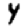
Digit: 4